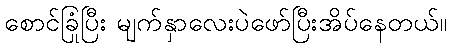
စောင်ခြုံပြီး မျက်နှာလေးပဲဖော်ပြီးအိပ်နေတယ်။